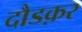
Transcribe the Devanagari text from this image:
दौडक़र